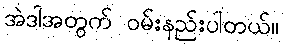
အဲဒါအတွက် ဝမ်းနည်းပါတယ်။